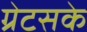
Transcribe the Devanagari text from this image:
ग्रेटसके